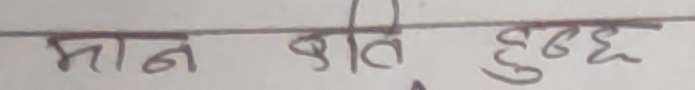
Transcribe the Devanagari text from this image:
मान बाति हुन्छ